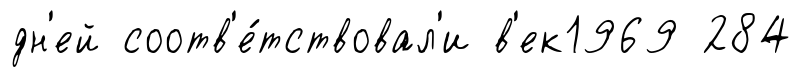
дн'ей соотв'е́тствовал'и в'ек1969 284